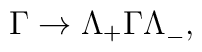
\Gamma \to \Lambda_+ \Gamma \Lambda^{}_-,